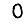
Digit: 0